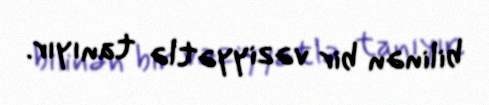
bilinən bir vəziyyətlə tanıyır.